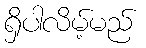
ရှိပါလိမ့်မည်